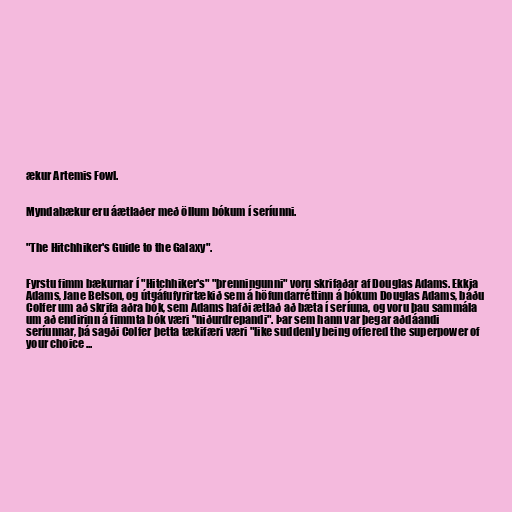
ækur Artemis Fowl.

Myndabækur eru áætlaðer með öllum bókum í seríunni.

"The Hitchhiker's Guide to the Galaxy".

Fyrstu fimm bækurnar í "Hitchhiker's" "þrenningunni" voru skrifaðar af Douglas Adams. Ekkja
Adams, Jane Belson, og útgáfufyrirtækið sem á höfundarréttinn á bókum Douglas Adams, báðu
Colfer um að skrifa aðra bók, sem Adams hafði ætlað að bæta í seríuna, og voru þau sammála
um að endirinn á fimmta bók væri "niðurdrepandi". Þar sem hann var þegar aðdáandi
seríunnar, þá sagði Colfer þetta tækifæri væri "like suddenly being offered the superpower of
your choice ...